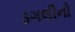
ડગલીનો